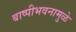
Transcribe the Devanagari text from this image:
बाष्पीभवनामुळे